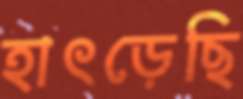
হাৎড়েছি